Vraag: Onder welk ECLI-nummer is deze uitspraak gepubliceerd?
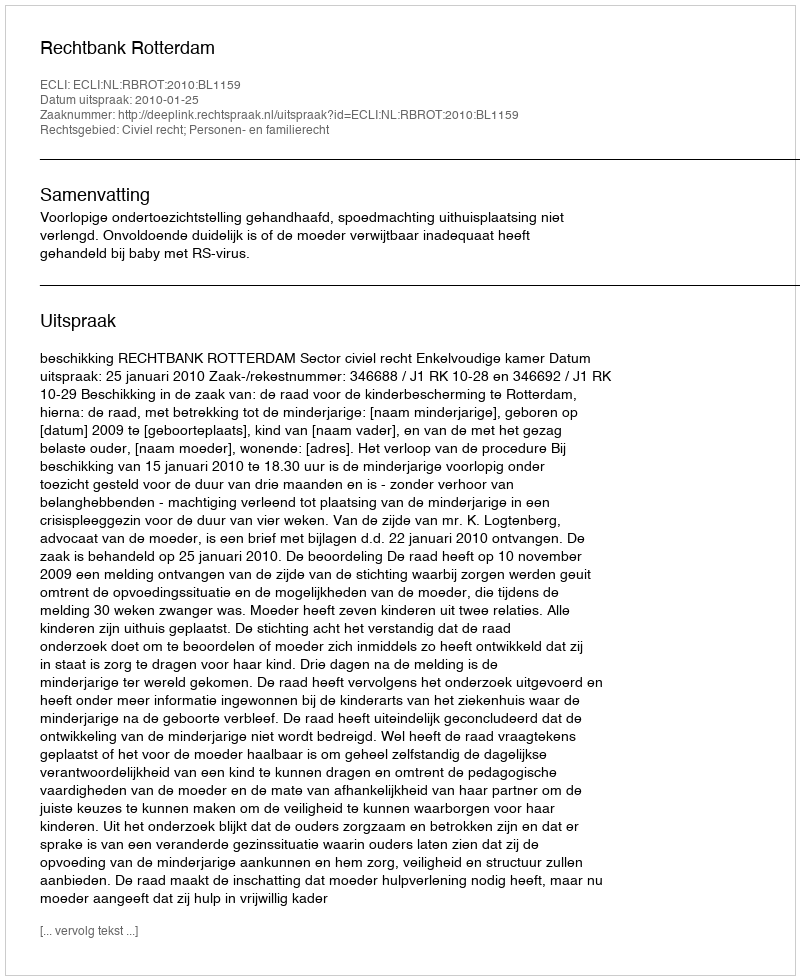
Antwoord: ECLI:NL:RBROT:2010:BL1159